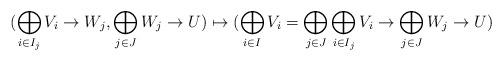
LaTeX: \begin{align*}(\bigoplus_{i \in I_j} V_i \to W_j, \bigoplus_{j \in J} W_j \to U)\mapsto (\bigoplus_{i \in I}V_i=\bigoplus_{j \in J}\bigoplus_{i \in I_j} V_i \to \bigoplus_{j \in J} W_j \to U)\end{align*}